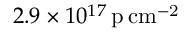
2 . 9 \times 1 0 ^ { 1 7 } \, \mathrm { p \, c m ^ { - 2 } }